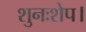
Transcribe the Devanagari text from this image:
शुनःशेप।